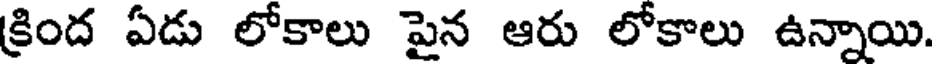
క్రింద ఏడు లోకాలు పైన ఆరు లోకాలు ఉన్నాయి.